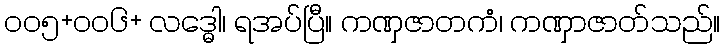
၀၀၅+၀၀၆+ လဒ္ဓေါ၊ ရအပ်ပြီ။ ကဏှဇာတကံ၊ ကဏှာဇာတ်သည်။